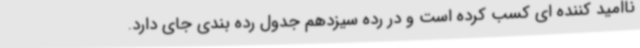
ناامید کننده ای کسب کرده است و در رده سیزدهم جدول رده بندی جای دارد.